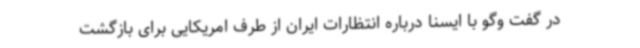
در گفت وگو با ایسنا درباره انتظارات ایران از طرف امریکایی‌ برای بازگشت